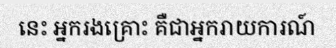
នេះ អ្នករងគ្រោះ គឺជាអ្នករាយការណ៍